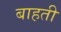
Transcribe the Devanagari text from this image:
बाहती